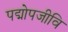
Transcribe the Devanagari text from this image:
पद्मोपजीवि